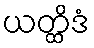
ယတ္ထိဒံ